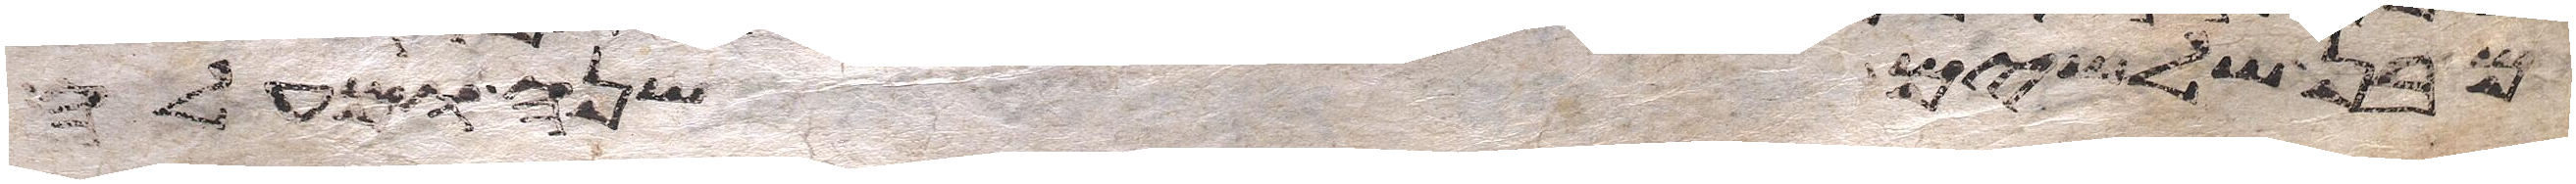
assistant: מבן שלשים שנה ומעלה